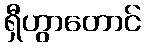
ရှီဟွာတောင်